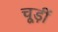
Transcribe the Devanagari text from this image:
चूड़ीं